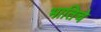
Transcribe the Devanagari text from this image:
भातिचे